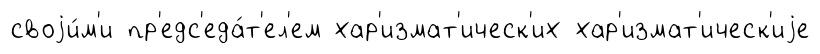
своjи́м'и пр'едс'еда́т'ел'ем хар'измат'ическ'их хар'измат'ическ'иjе